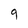
Character: 9